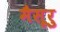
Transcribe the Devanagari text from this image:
मैसूरु